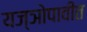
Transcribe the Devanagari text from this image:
यज्ञोपावीत